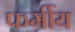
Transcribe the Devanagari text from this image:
फर्मीय